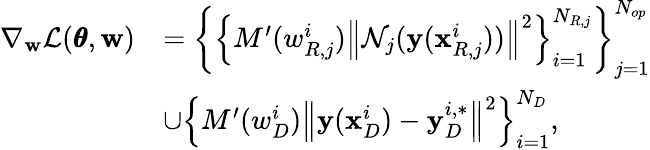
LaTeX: \begin{array}{rl}{\nabla_{\mathbf{w}}\mathcal{L}(\pmb{\theta},\mathbf{w})}&{=\left\{ \left\{ {M^{\prime}(w_{R,j}^{i})\left\| \mathcal{N}_{j}(\mathbf{y}(\mathbf{x}_{R,j}^{i}))\right\| ^{2}}\right\} _{i=1}^{N_{R,j}}\right\} _{j=1}^{N_{op}}}\\ &{\cup\left\{ {M^{\prime}(w_{D}^{i})\left\| \mathbf{y}(\mathbf{x}_{D}^{i})-\mathbf{y}_{D}^{i,*}\right\| ^{2}}\right\} _{i=1}^{N_{D}},}\end{array}